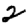
Digit: 2